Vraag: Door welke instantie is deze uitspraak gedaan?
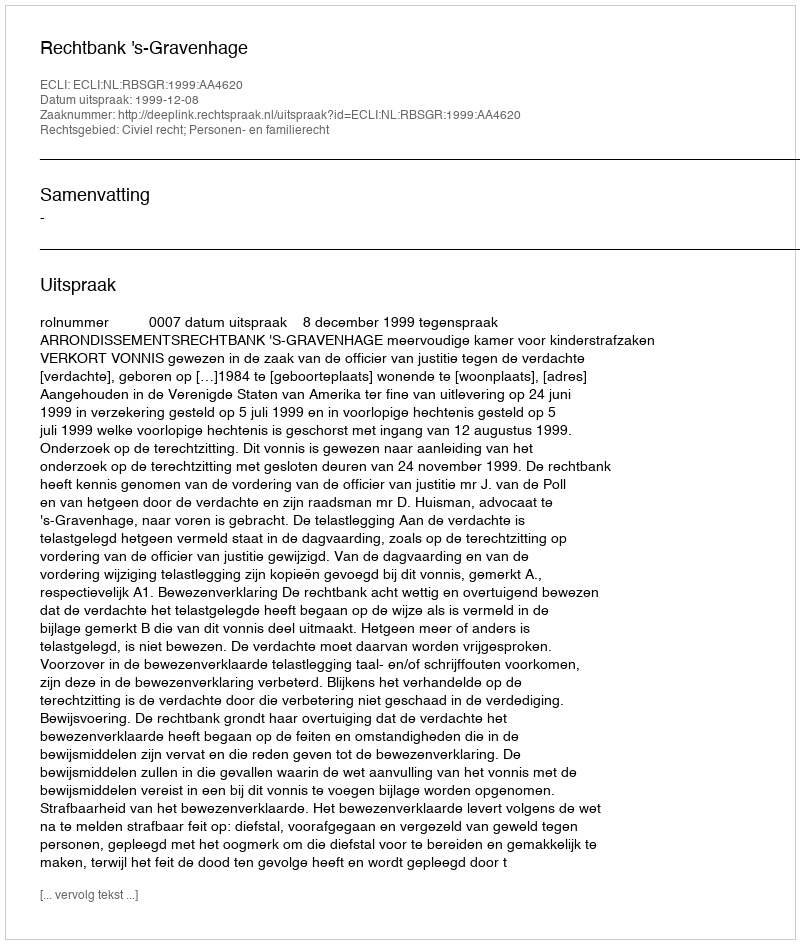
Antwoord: Rechtbank 's-Gravenhage